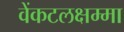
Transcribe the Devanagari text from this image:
वेंकटलक्षम्मा